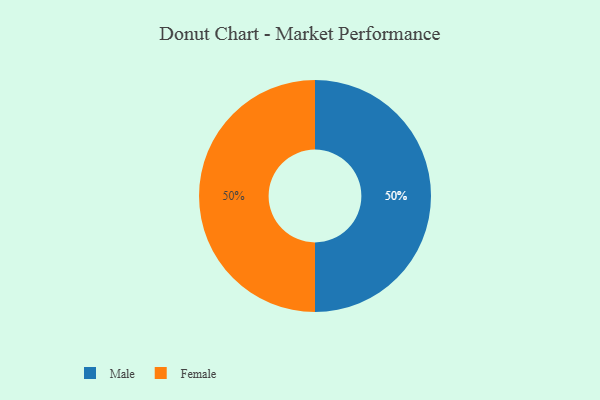
{"axis": {"x": "Category", "y": "Percentage"}, "legend": ["Female", "Male"], "data": [{"x": "Male", "y": 50, "type": "Male"}, {"x": "Female", "y": 50, "type": "Female"}]}